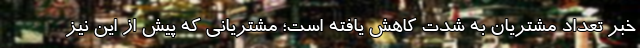
خبر تعداد مشتریان به شدت کاهش یافته است؛ مشتریانی که پیش از این نیز